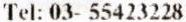
TEL: 03- 55423228